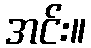
အင်း။